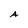
Character: A